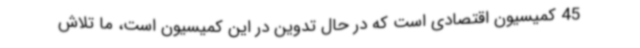
45 کمیسیون اقتصادی است که در حال تدوین در این کمیسیون است، ما تلاش